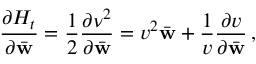
\frac { \partial { \cal H } _ { t } } { \partial \bar { \bf w } } = \frac { 1 } { 2 } \frac { \partial \nu ^ { 2 } } { \partial \bar { \bf w } } = v ^ { 2 } \bar { \bf w } + \frac { 1 } { v } \frac { \partial v } { \partial \bar { \bf w } } \, ,